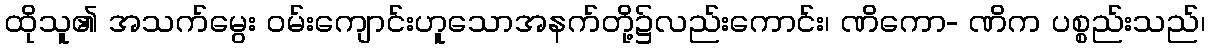
ထိုသူ၏ အသက်မွေး ဝမ်းကျောင်းဟူသောအနက်တို့၌လည်းကောင်း၊ ဏိကော- ဏိက ပစ္စည်းသည်၊